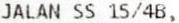
JALAN SS 15/4B,